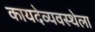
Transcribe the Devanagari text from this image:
कायदेव्यवस्थेला